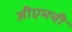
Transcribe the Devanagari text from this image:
जीएमची